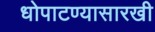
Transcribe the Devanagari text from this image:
धोपाटण्यासारखी